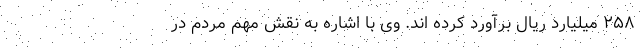
۲۵۸ میلیارد ریال برآورد کرده اند. وی با اشاره به نقش مهم مردم در